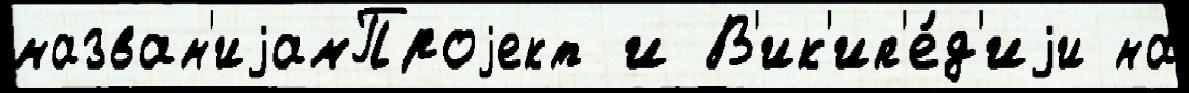
назван'иjамПроjект и В'ик'ип'е́д'иjи на